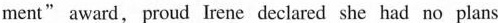
ment" award, proud Irene declared she had no plans